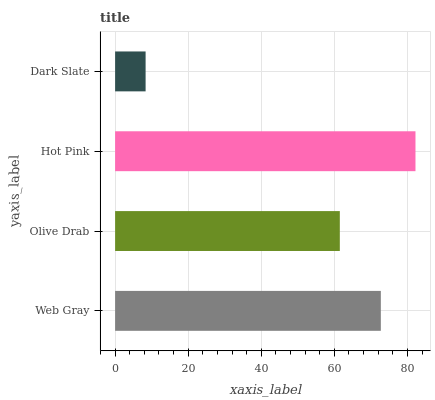
| yaxis_label | bars |
 | --- | --- |
 | Web Gray | 72.7 |
 | Olive Drab | 61.5 |
 | Hot Pink | 82.2 |
 | Dark Slate | 8.35 |